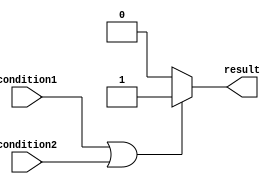
module if_else_example(
    input wire condition1,
    input wire condition2,
    output reg result
);

always @(*)
begin
    if (condition1 || condition2) begin
        // Statements to be executed if condition1 or condition2 is true
        result <= 1;
    end
    else begin
        // Statements to be executed if both condition1 and condition2 are false
        result <= 0;
    end
end

endmodule